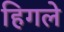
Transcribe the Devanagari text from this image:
हिगले